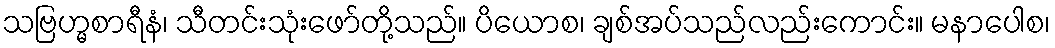
သဗြဟ္မစာရီနံ၊ သီတင်းသုံးဖော်တို့သည်။ ပိယောစ၊ ချစ်အပ်သည်လည်းကောင်း။ မနာပေါစ၊